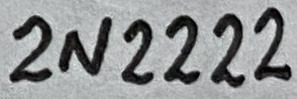
Text: 2N2222